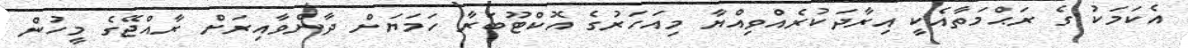
އެކަމަކު ގެ ރަޙްމަތާއެކީ އިރާދަކުރެއްވިއްޔާ މިއަހަރުގެ އޮކްޓޫބަރާ ހަމަޔަށް ދާންވާއިރަށް ރާއްޖޭގެ މީހުން